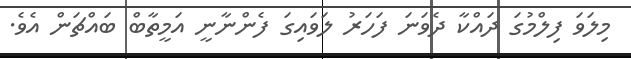
މިލަވަ ފިލްމުގަ ދައްކާ ދެވަނަ ފަހަރު ލަވައިގަ ފެންނާނީ އަމީތާބް ބައްޗަން އެވެ.